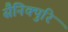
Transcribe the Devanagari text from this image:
सैनिक्पुरि